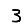
Digit: 3